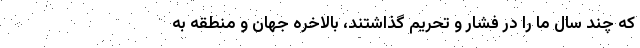
که چند سال ما را در فشار و تحریم گذاشتند، بالاخره جهان و منطقه به